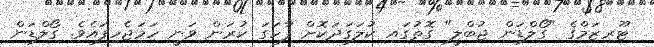
ޓޫރިޒަމްގެ "ގޯލްޑަން ޖުބްލީ" ގޮތުގައި ކުލަގަދަކޮށް ފާހަގަ ކުރަން ވަނީ ހަމަޖެހިފައެވެ. ގޯލްޑަން